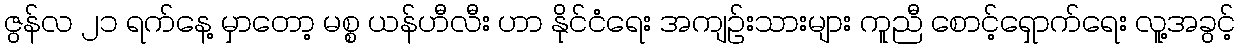
ဇွန်လ ၂၁ ရက်နေ့ မှာတော့ မစ္စ ယန်ဟီလီး ဟာ နိုင်ငံရေး အကျဉ်းသားများ ကူညီ စောင့်ရှောက်ရေး လူ့အခွင့်